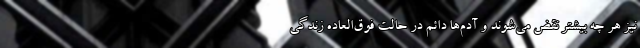
نیز هر چه بیشتر نقض می‌شوند و آدم‌ها دائم در حالت فوق‌العاده زندگی